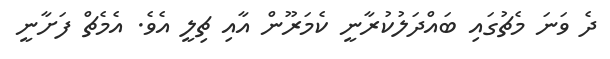
ދެ ވަނަ މެޗުގައި ބައްދަލުކުރާނީ ކެމަރޫން އާއި ޗިލީ އެވެ. އެމެޗް ފަށާނީ